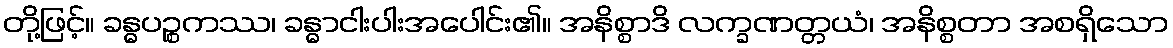
တို့ဖြင့်။ ခန္ဓပဉ္စကဿ၊ ခန္ဓာငါးပါးအပေါင်း၏။ အနိစ္စာဒိ လက္ခဏတ္တယံ၊ အနိစ္စတာ အစရှိသော